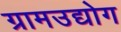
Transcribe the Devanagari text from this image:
ग्रामउद्योग